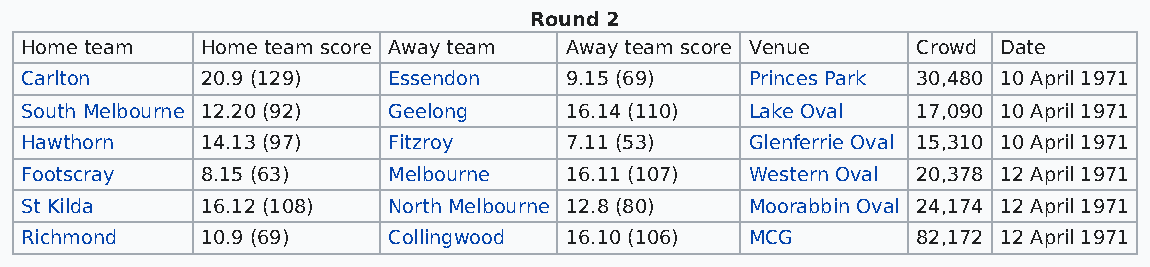
Round 2
 Home team   Home team score Away team Away team score Venue Crowd Date
 Carlton     20.9 (129)   Essendon   9.15 (69)    Princes Park 30,480 10 April 1971
 South Melbourne 12.20 (92) Geelong  16.14 (110)  Lake Oval  17,090 10 April 1971
 Hawthorn    14.13 (97)   Fitzroy    7.11 (53)    Glenferrie Oval 15,310 10 April 1971
 Footscray   8.15 (63)    Melbourne  16.11 (107)  Western Oval 20,378 12 April 1971
 St Kilda    16.12 (108)  North Melbourne 12.8 (80) Moorabbin Oval 24,174 12 April 1971
 Richmond    10.9 (69)    Collingwood 16.10 (106) MCG        82,172 12 April 1971